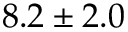
8 . 2 \pm 2 . 0